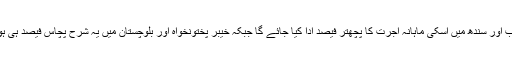
پنجاب اور سندھ میں اسکی ماہانہ اجرت کا پچھتر فیصد ادا کیا جائے گا جبکہ خیبر پختونخواہ اور بلوچستان میں یہ شرح پچاس فیصد ہی ہوگی۔